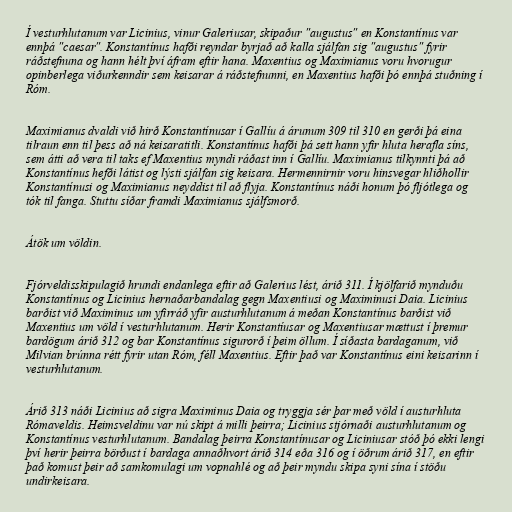
Í vesturhlutanum var Licinius, vinur Galeriusar, skipaður "augustus" en Konstantínus var
ennþá "caesar". Konstantínus hafði reyndar byrjað að kalla sjálfan sig "augustus" fyrir
ráðstefnuna og hann hélt því áfram eftir hana. Maxentius og Maximianus voru hvorugur
opinberlega viðurkenndir sem keisarar á ráðstefnunni, en Maxentius hafði þó ennþá stuðning í
Róm.

Maximianus dvaldi við hirð Konstantínusar í Gallíu á árunum 309 til 310 en gerði þá eina
tilraun enn til þess að ná keisaratitli. Konstantínus hafði þá sett hann yfir hluta herafla síns,
sem átti að vera til taks ef Maxentius myndi ráðast inn í Gallíu. Maximianus tilkynnti þá að
Konstantínus hefði látist og lýsti sjálfan sig keisara. Hermennirnir voru hinsvegar hliðhollir
Konstantínusi og Maximianus neyddist til að flyja. Konstantínus náði honum þó fljótlega og
tók til fanga. Stuttu síðar framdi Maximianus sjálfsmorð.

Átök um völdin.

Fjórveldisskipulagið hrundi endanlega eftir að Galerius lést, árið 311. Í kjölfarið mynduðu
Konstantínus og Licinius hernaðarbandalag gegn Maxentiusi og Maximinusi Daia. Licinius
barðist við Maximinus um yfirráð yfir austurhlutanum á meðan Konstantínus barðist við
Maxentius um völd í vesturhlutanum. Herir Konstantíusar og Maxentiusar mættust í þremur
bardögum árið 312 og bar Konstantínus sigurorð í þeim öllum. Í síðasta bardaganum, við
Milvian brúnna rétt fyrir utan Róm, féll Maxentius. Eftir það var Konstantínus eini keisarinn í
vesturhlutanum.

Árið 313 náði Licinius að sigra Maximinus Daia og tryggja sér þar með völd í austurhluta
Rómaveldis. Heimsveldinu var nú skipt á milli þeirra; Licinius stjórnaði austurhlutanum og
Konstantínus vesturhlutanum. Bandalag þeirra Konstantínusar og Liciniusar stóð þó ekki lengi
því herir þeirra börðust í bardaga annaðhvort árið 314 eða 316 og í öðrum árið 317, en eftir
það komust þeir að samkomulagi um vopnahlé og að þeir myndu skipa syni sína í stöðu
undirkeisara.